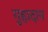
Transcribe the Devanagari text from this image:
गुहादान